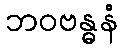
ဘဝဗန္ဓနံ